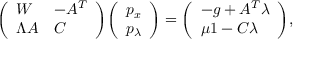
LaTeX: { \left( \begin{array} { l l } { W } & { - A ^ { T } } \\ { \Lambda A } & { C } \end{array} \right) } { \left( \begin{array} { l } { p _ { x } } \\ { p _ { \lambda } } \end{array} \right) } = { \left( \begin{array} { l } { - g + A ^ { T } \lambda } \\ { \mu 1 - C \lambda } \end{array} \right) } ,